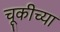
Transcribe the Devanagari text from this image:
चूकीच्या